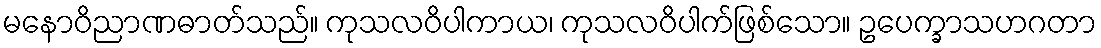
မနောဝိညာဏဓာတ်သည်။ ကုသလဝိပါကာယ၊ ကုသလဝိပါက်ဖြစ်သော။ ဥပေက္ခာသဟဂတာ